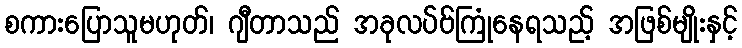
စကားပြောသူမဟုတ်၊ ဂျီတာသည် အခုလပ်ဗ်ကြုံနေရသည့် အဖြစ်မျိုးနှင့်